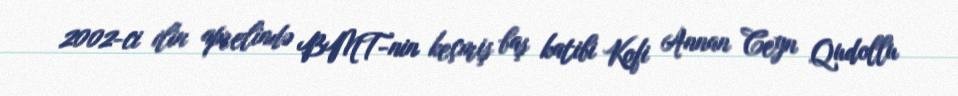
2002-ci ilin aprelində BMT-nin keçmiş baş katibi Kofi Annan Ceyn Qudollu